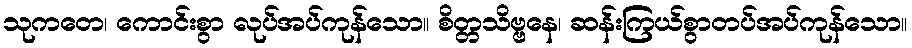
သုကတေ၊ ကောင်းစွာ လုပ်အပ်ကုန်သော။ စိတ္တသိဗ္ဗနေ၊ ဆန်းကြယ်စွာတပ်အပ်ကုန်သော။